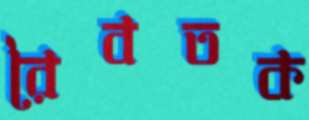
রৈবতক